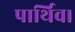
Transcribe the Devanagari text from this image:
पार्थिव।